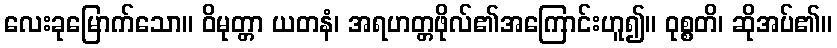
လေးခုမြောက်သော။ ဝိမုတ္တာ ယတနံ၊ အရဟတ္တဖိုလ်၏အကြောင်းဟူ၍။ ဝုစ္စတိ၊ ဆိုအပ်၏။